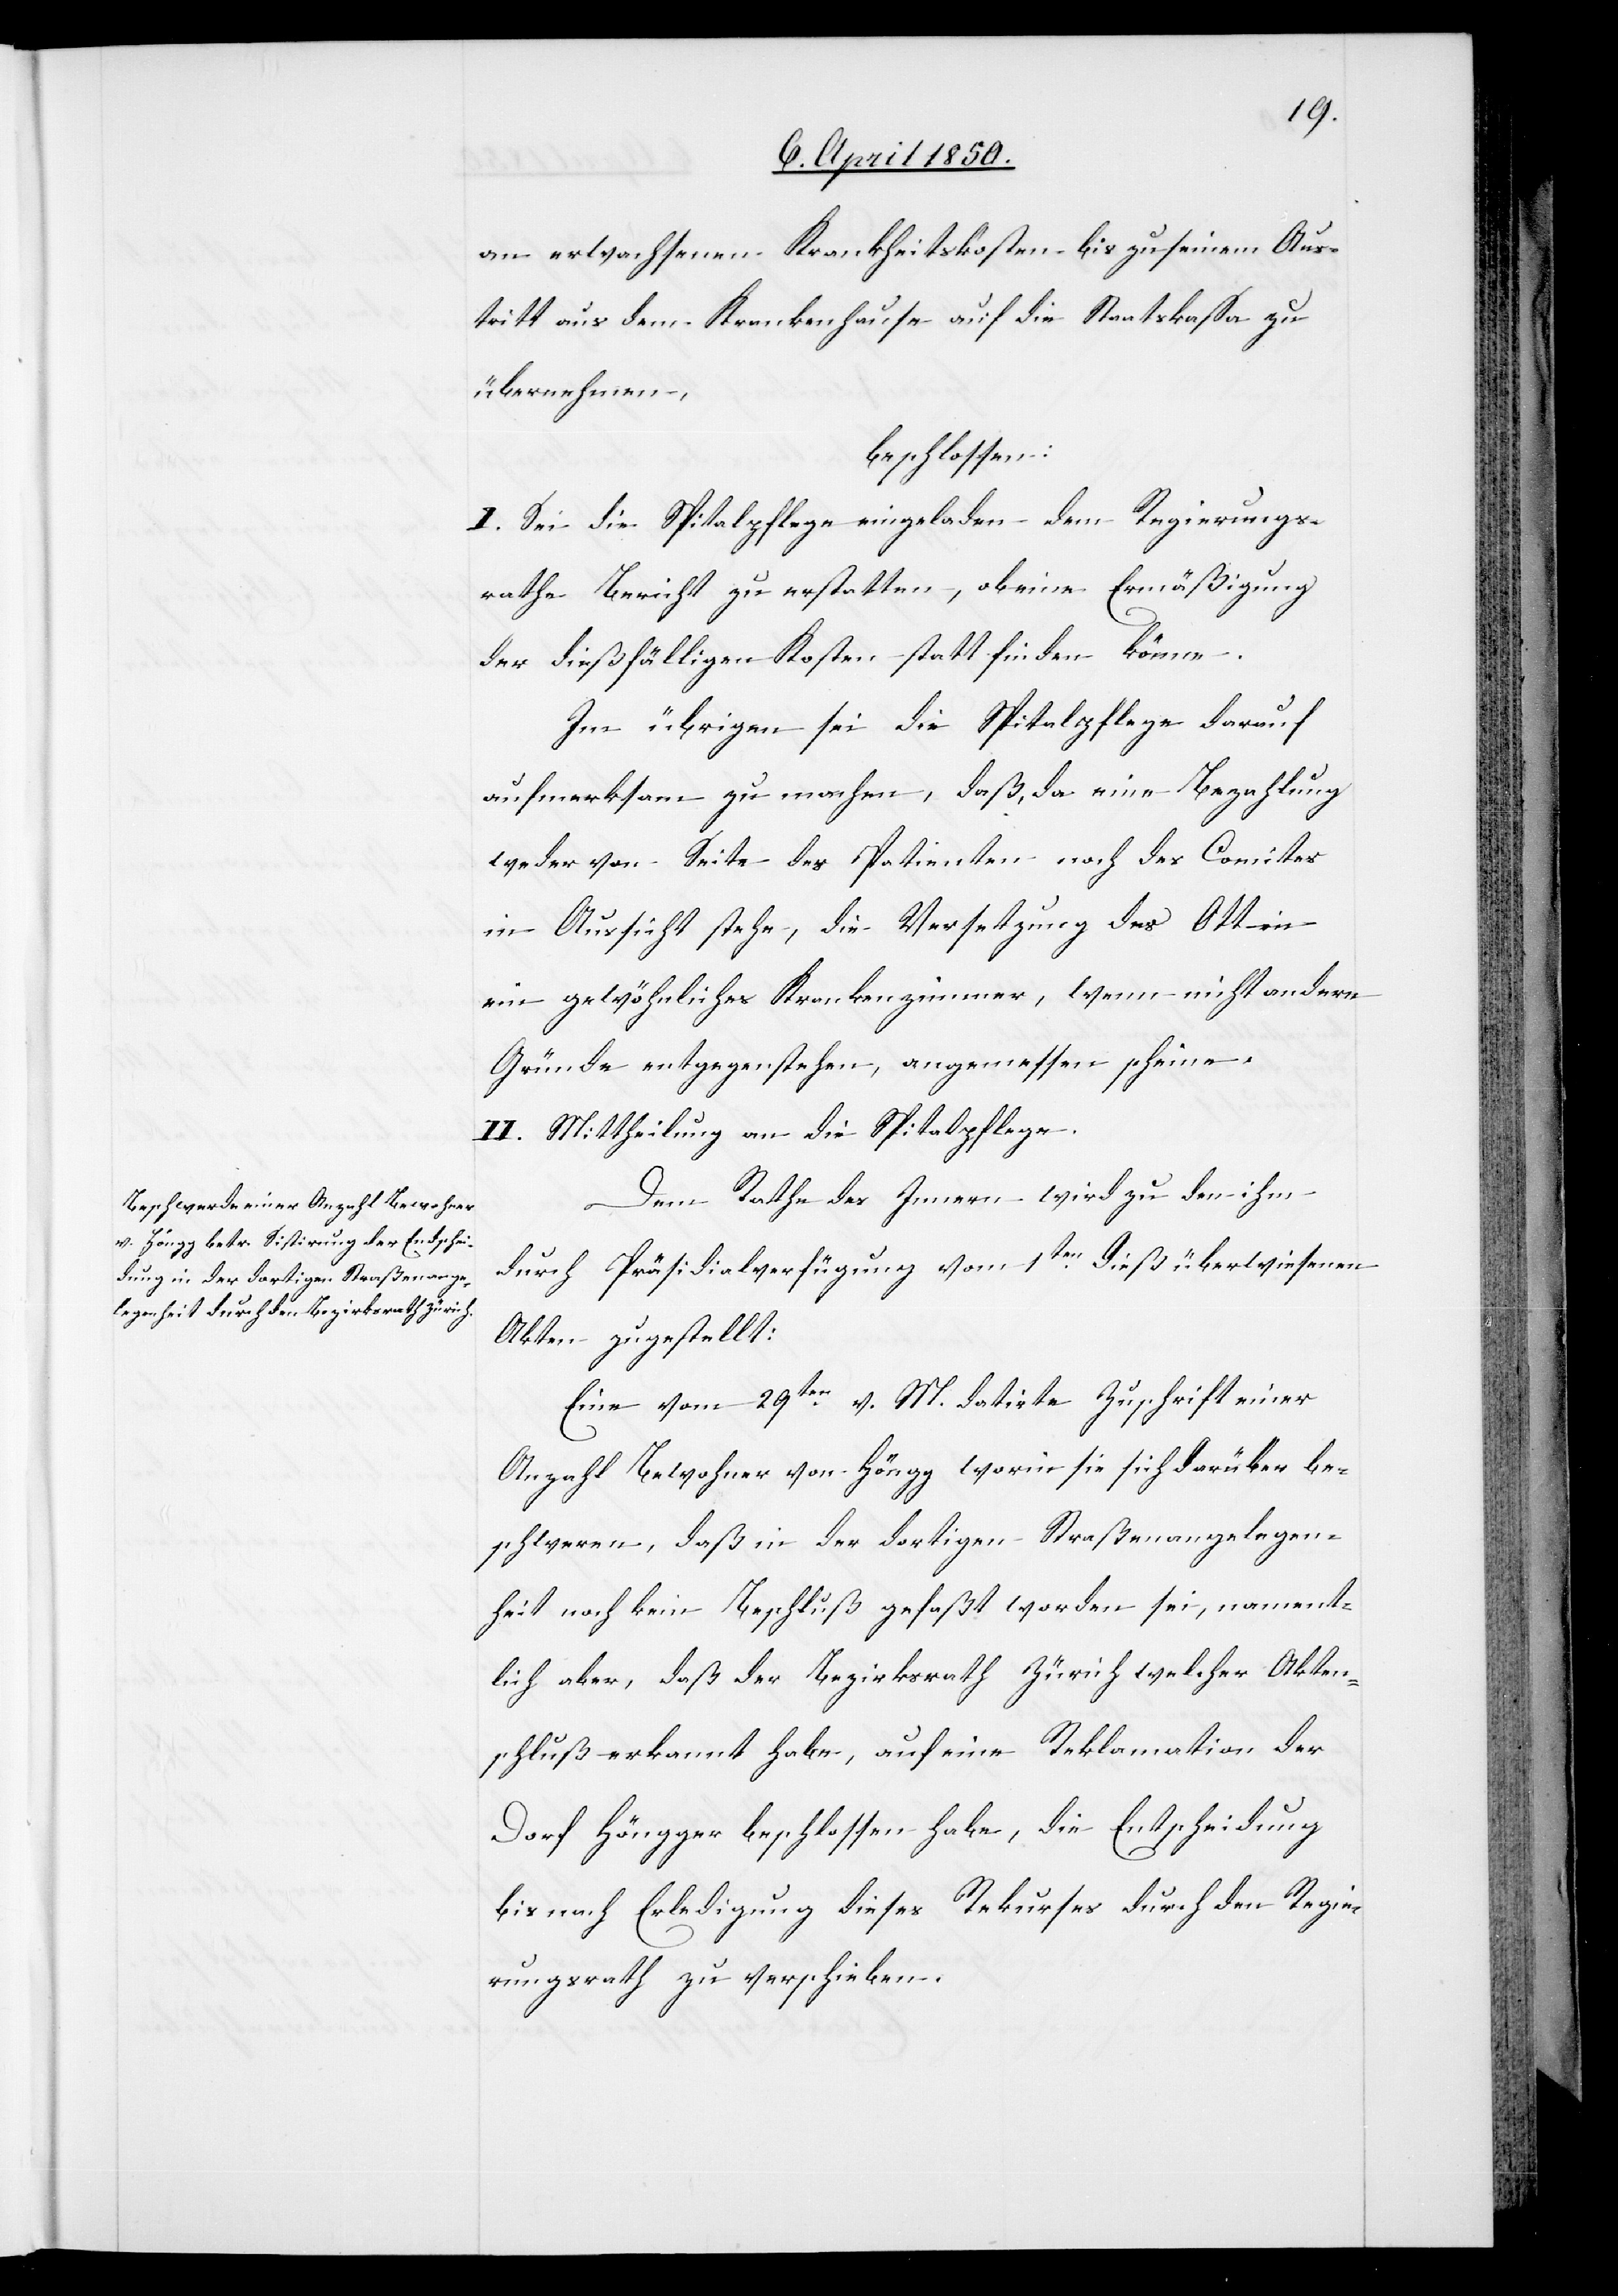
an erwachsenen Krankheitskosten bis zu seinem Aus¬
tritt aus dem Krankenhause auf die Staatskassa zu
übernehmen,
beschlossen:
I. Sei die Spitalpflege eingeladen dem Regierungs¬
rathe Bericht zu erstatten, ob eine Ermäßigung
der dießfälligen Kosten stattfinden könne.
Im übrigen sei die Spitalpflege darauf
aufmerksam zu machen, daß, da eine Bezahlung
weder von Seite des Patienten noch des Comites
in Aussicht stehe, die Versetzung des Ott in
ein gewöhnliches Krankenzimmer, wenn nicht andere
Gründe entgegenstehen, angemessen scheine.
II. Mittheilung an die Spitalpflege.
Dem Rathe des Innern wird zu den ihm
durch Präsidialverfügung vom 1ten dieß überwiesenen
Akten zugestellt:
Eine vom 29ten v. M. datirte Zuschrift einer
Anzahl Bewohner von Höngg worin sie sich darüber be¬
schweren, daß in der dortigen Straßenangelegen¬
heit noch kein Beschluß gefaßt worden sei, nament¬
lich aber, daß der Bezirksrath Zürich welcher Akten¬
schluß erkannt habe, auf eine Reklamation der
Dorf Höngger beschlossen habe, die Entscheidung
bis nach Erledigung dieses Rekurses durch den Regie¬
rungsrath zu verschieben.